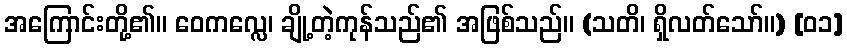
အကြောင်းတို့၏။ ဝေကလ္လေ၊ ချို့တဲ့ကုန်သည်၏ အဖြစ်သည်။ (သတိ၊ ရှိလတ်သော်။) [၀၁]